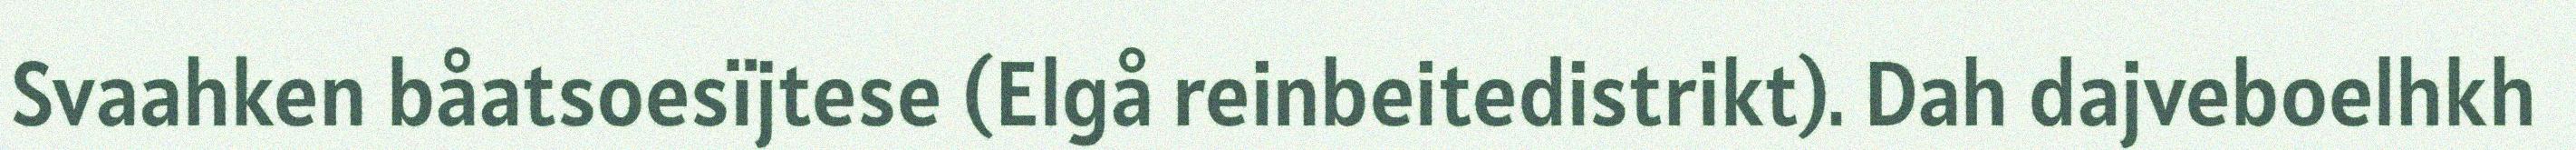
Svaahken båatsoesïjtese (Elgå reinbeitedistrikt). Dah dajveboelhkh